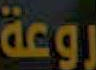
روعة